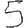
Digit: 5